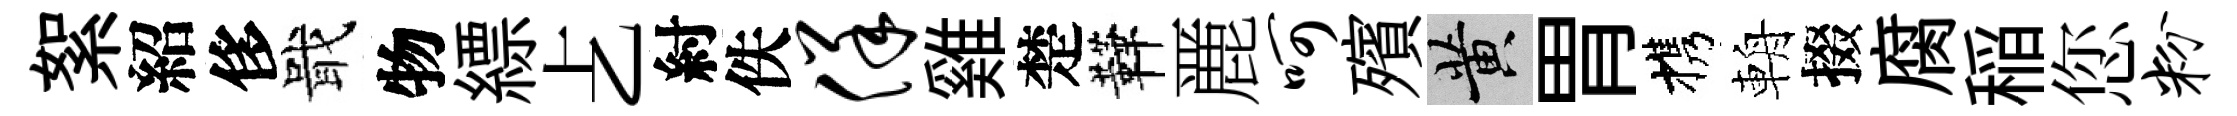
絮紹侈戢物縹𠧒紂佚佯雞楚鞾䴡呵殯黄胃携輈掇腐稲您粉